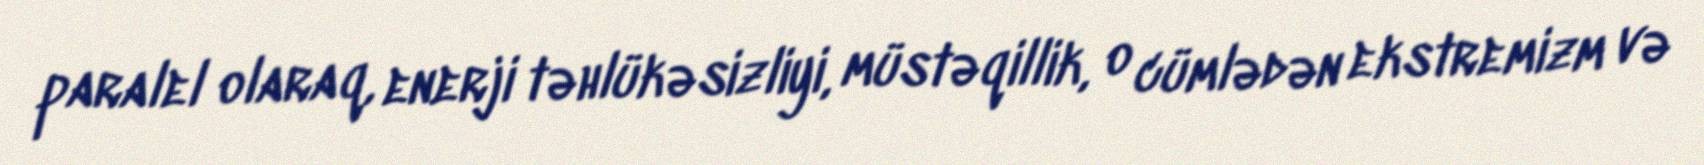
paralel olaraq, enerji təhlükəsizliyi, müstəqillik, o cümlədən ekstremizm və